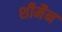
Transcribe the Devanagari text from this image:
शीमैन